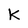
Character: K